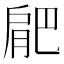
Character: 𭨼